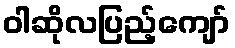
ဝါဆိုလပြည့်ကျော်